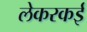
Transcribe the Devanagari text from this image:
लेकरकई